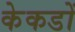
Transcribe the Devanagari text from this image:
केकडों